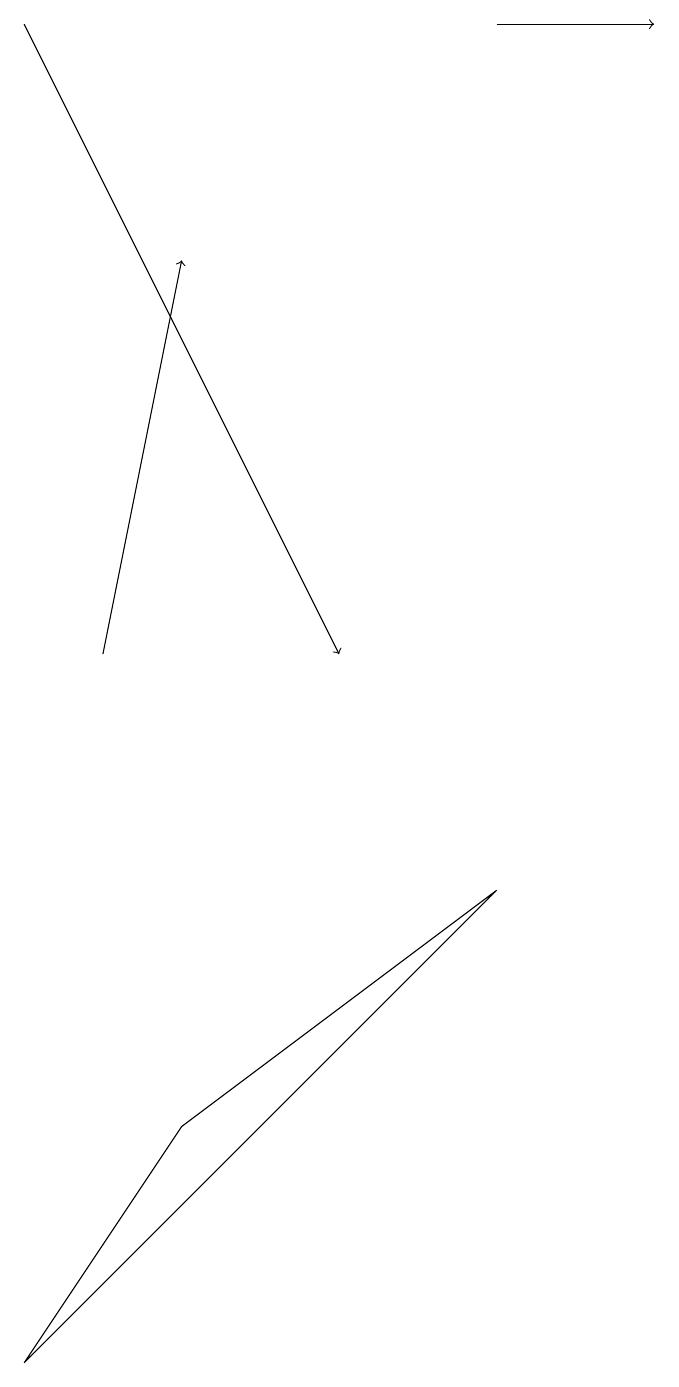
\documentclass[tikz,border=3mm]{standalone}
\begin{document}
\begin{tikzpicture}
\draw[->] (1,10) -- (2,15);
\draw[->] (6,18) -- (8,18);
\draw (0,1) -- (2,4) -- (6,7) -- cycle;
\draw[->] (0,18) -- (4,10);
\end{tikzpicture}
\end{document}